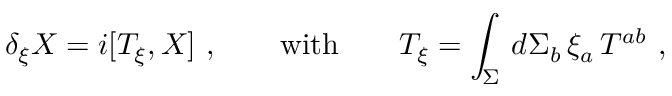
\delta _ { \xi } X = i [ T _ { \xi } , X ] \ , \qquad \mathrm { w i t h } \qquad T _ { \xi } = \int _ { \Sigma } \, d \Sigma _ { b } \, \xi _ { a } \, T ^ { a b } \ ,